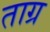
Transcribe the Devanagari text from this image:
ताग्र